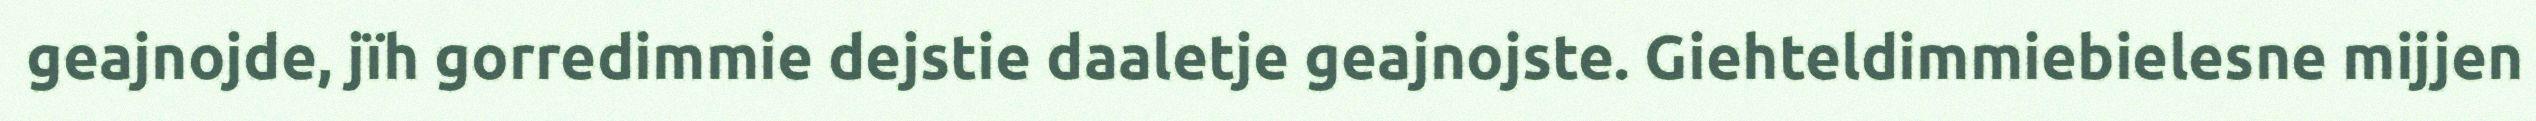
geajnojde, jïh gorredimmie dejstie daaletje geajnojste. Giehteldimmiebielesne mijjen